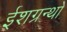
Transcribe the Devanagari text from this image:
ईशग्रन्थो